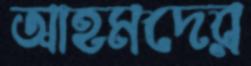
আহমদের